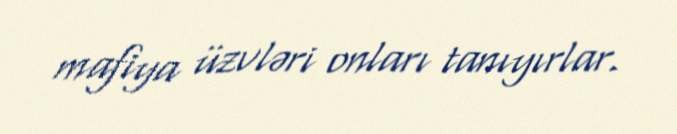
mafiya üzvləri onları tanıyırlar.